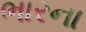
ભારના